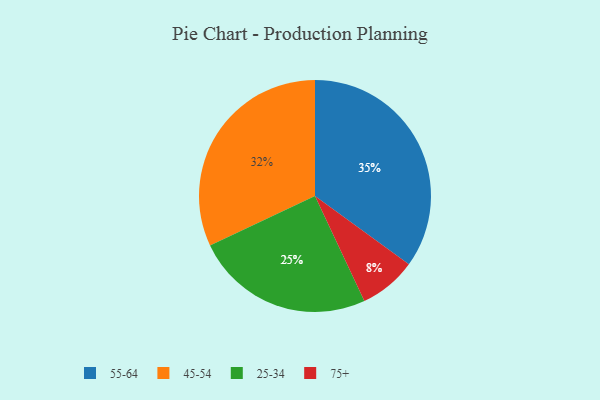
{"axis": {"x": "Category", "y": "Percentage"}, "legend": ["25-34", "45-54", "55-64", "75+"], "data": [{"x": "55-64", "y": 35, "type": "55-64"}, {"x": "45-54", "y": 32, "type": "45-54"}, {"x": "75+", "y": 8, "type": "75+"}, {"x": "25-34", "y": 25, "type": "25-34"}]}